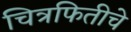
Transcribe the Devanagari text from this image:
चित्रफितीचे